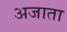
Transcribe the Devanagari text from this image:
अजाता